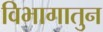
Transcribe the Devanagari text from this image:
विभागातुन